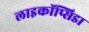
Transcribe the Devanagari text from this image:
लाइकॉप्सिडा